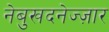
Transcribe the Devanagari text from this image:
नेबुखदनेज्ज़ार